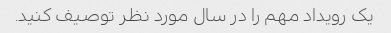
یک رویداد مهم را در سال مورد نظر توصیف کنید.